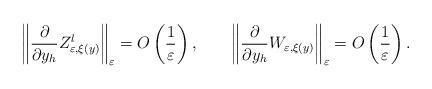
LaTeX: \begin{align*}\left\Vert \frac{\partial}{\partial y_{h}}Z_{\varepsilon,\xi(y)}^{l}\right\Vert _{\varepsilon}=O\left( \frac{1}{\varepsilon}\right),\qquad\left\Vert \frac{\partial}{\partial y_{h}}W_{\varepsilon,\xi(y)}\right\Vert _{\varepsilon}=O\left( \frac{1}{\varepsilon}\right) .\end{align*}